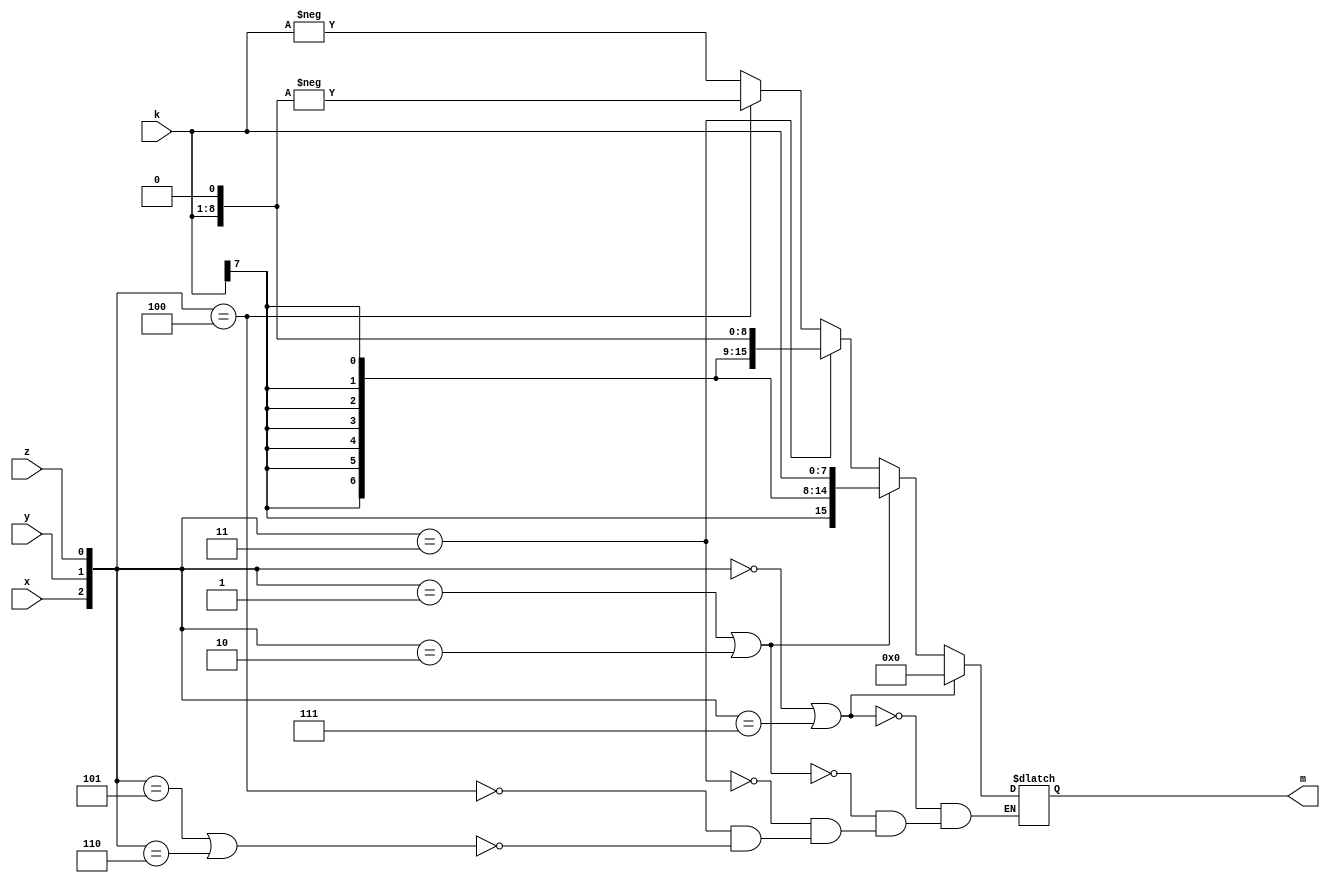
module r4(x,y,z,k,m);
input signed[7:0]k; 
input x,y,z;
output reg signed[15:0]m;
wire[2:0] a;
assign a[2:0]={x,y,z};
always@(*)
begin
	if(a==3'b000 || a==3'b111)
		m <= 8'b0;
	else if(a==3'b001 || a==3'b010)
		m <= k;
	else if(a==3'b011)
		m <= k<<1;
	else if(a==3'b100)
		m <= -(k<<1);
	else if(a==3'b101 || a==3'b110)
		m <= -k;    
end
endmodule